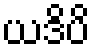
ယဒိပိ